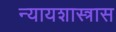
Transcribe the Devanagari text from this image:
न्यायशास्त्रास